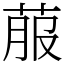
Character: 菔